Indian Civil Veterinary Department memoirs
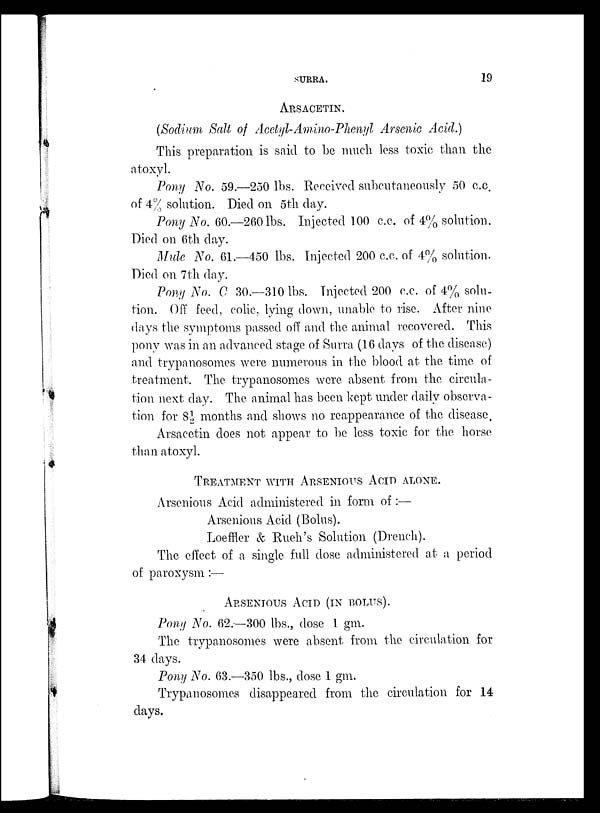
SURRA.
19
ARSACETIN.
(Sodium Salt of Acetyl-Amino-Phenyl Arsenic Acid.)
This preparation is said to be much less toxic than the
atoxyl.
Pony No. 59.—250 lbs. Received subcutaneously 50 c.c.
of 4% solution. Died on 5th day.
Pony No. 60.—260 lbs. Injected 100 c.c. of 4% solution.
Died on 6th day.
Mule No. 61.—450 lbs. Injected 200 c.c. of 4% solution.
Died on 7th day.
Pony No. C 30.—310 lbs. Injected 200 c.c. of 4% solu-
tion. Off feed, colic, lying down, unable to rise. After nine
days the symptoms passed off and the animal recovered. This
pony was in an advanced stage of Surra (16 days of the disease)
and trypanosomes were numerous in the blood at the time of
treatment. The trypanosomes were absent from the circula-
tion next day. The animal has been kept under daily observa-
tion for 8½ months and shows no reappearance of the disease.
Arsacetin does not appear to be less toxic for the horse
than atoxyl.
TREATMENT WITH ARSENIOUS ACID ALONE.
Arsenious Acid administered in form of:—
Arsenious Acid (Bolus).
Loeffler & Rueh's Solution (Drench).
The effect of a single full dose administered at a period
of paroxysm:—
ARSENIOUS ACID (IN BOLUS).
Pony No. 62.—300 lbs., dose 1 gm.
The trypanosomes were absent from the circulation for
34 days.
Pony No. 63.—350 lbs., dose 1 gm.
Trypanosomes disappeared from the circulation for 14
days.